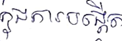
ក្នុងការបង្កើត